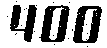
400